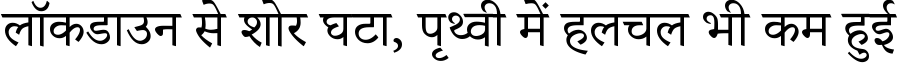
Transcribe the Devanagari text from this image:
लॉकडाउन से शोर घटा, पृथ्वी में हलचल भी कम हुई